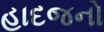
હાદજનો